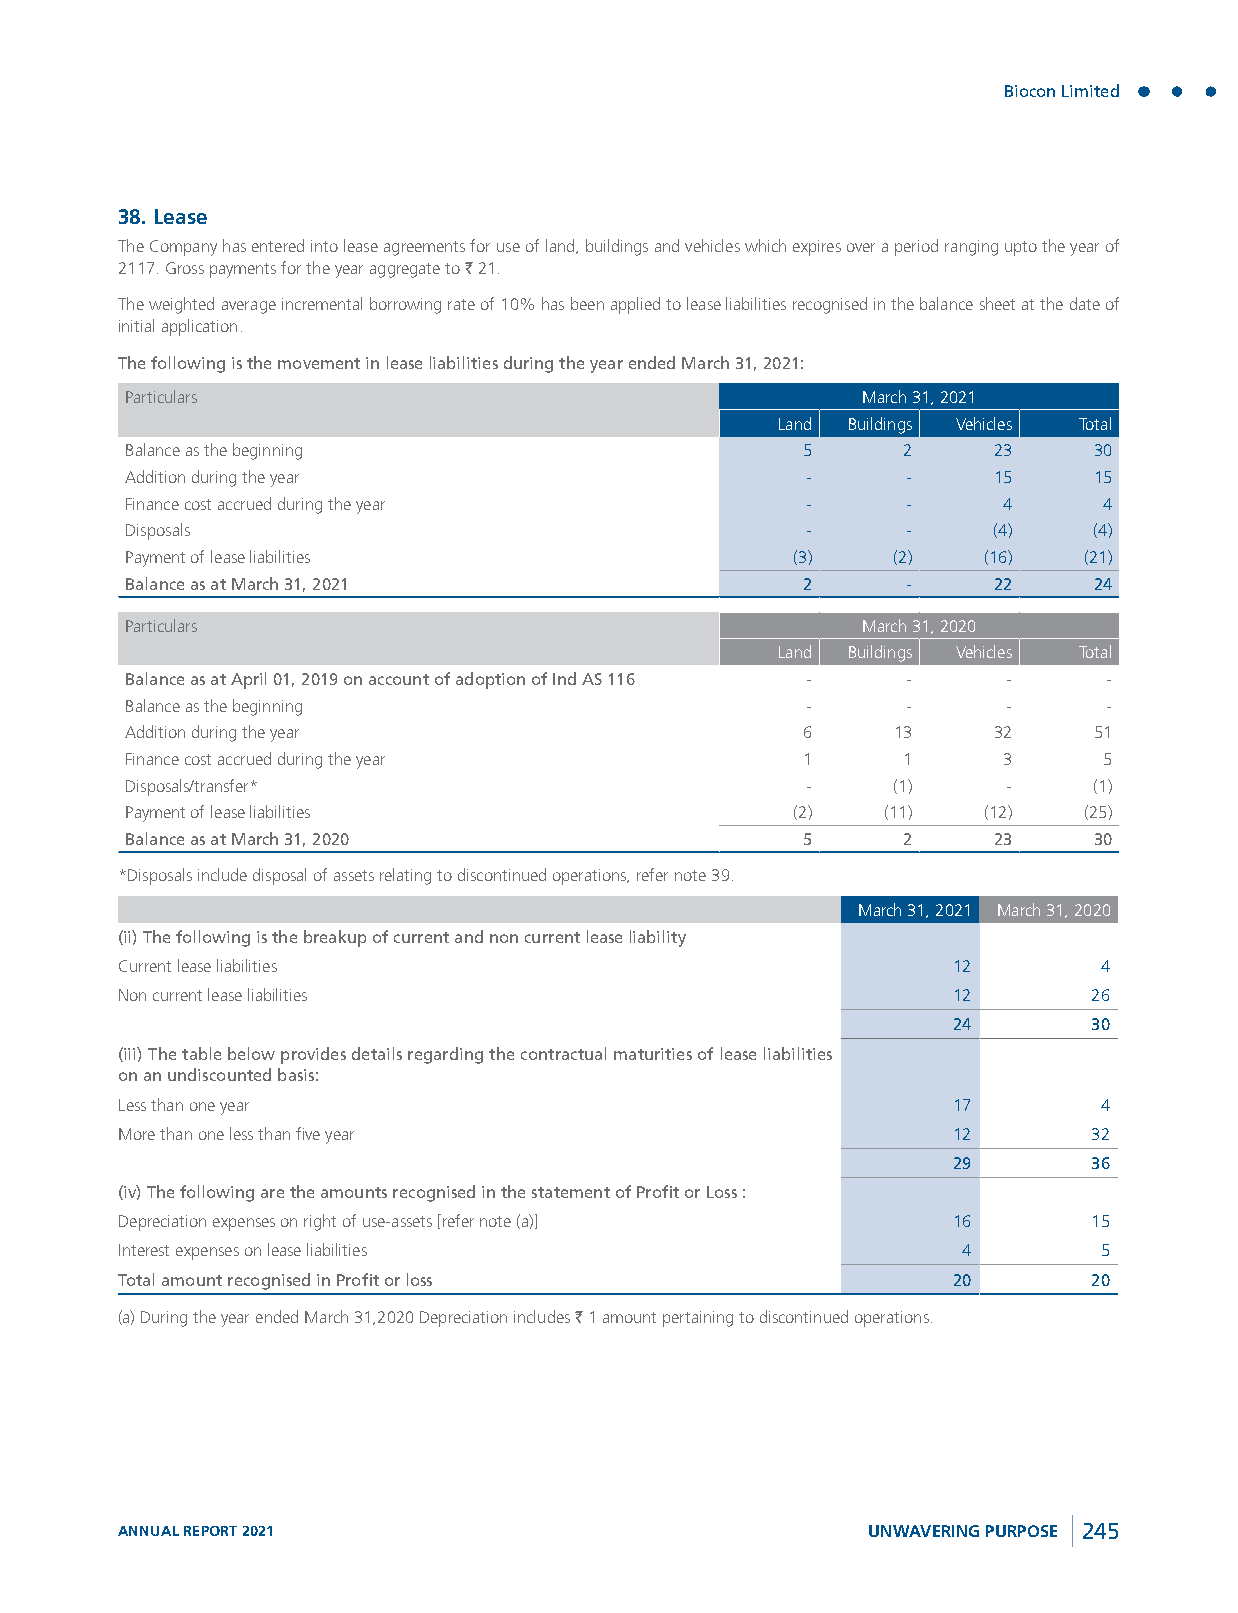
Biocon Limited
 38. Lease
 The Company has entered into lease agreements for use of land, buildings and vehicles which expires over a period ranging upto the year of
 2117. Gross payments for the year aggregate to ` 21.
 The weighted average incremental borrowing rate of 10% has been applied to lease liabilities recognised in the balance sheet at the date of
 initial application.
 The following is the movement in lease liabilities during the year ended March 31, 2021:
 Particulars                                      March 31, 2021
 Land Buildings Vehicles Total
 Balance as the beginning                     5      2     23    30
 Addition during the year                     -      -     15    15
 Finance cost accrued during the year         -      -     4      4
 Disposals                                    -      -     (4)   (4)
 Payment of lease liabilities                 (3)   (2)   (16)   (21)
 Balance as at March 31, 2021                 2      -     22    24
 Particulars                                      March 31, 2020
 Land Buildings Vehicles Total
 Balance as at April 01, 2019 on account of adoption of Ind AS 116 - - - -
 Balance as the beginning                     -      -      -     -
 Addition during the year                     6     13     32    51
 Finance cost accrued during the year         1      1     3      5
 Disposals/transfer*                          -     (1)     -    (1)
 Payment of lease liabilities                 (2)   (11)  (12)   (25)
 Balance as at March 31, 2020                 5      2     23    30
 *Disposals include disposal of assets relating to discontinued operations, refer note 39.
 March 31, 2021 March 31, 2020
 (ii) The following is the breakup of current and non current lease liability
 Current lease liabilities                              12        4
 Non current lease liabilities                          12       26
 24       30
 (iii) The table below provides details regarding the contractual maturities of lease liabilities
 on an undiscounted basis:
 Less than one year                                     17        4
 More than one less than five year                      12       32
 29       36
 (iv) The following are the amounts recognised in the statement of Profit or Loss :
 Depreciation expenses on right of use-assets [refer note (a)] 16 15
 Interest expenses on lease liabilities                  4        5
 Total amount recognised in Profit or loss              20       20
 (a) During the year ended March 31,2020 Depreciation includes ` 1 amount pertaining to discontinued operations.
 ANNUAL REPORT 2021                               UNWAVERING PURPOSE 245